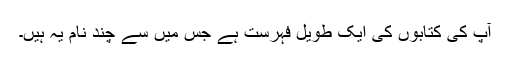
آپ کی کتابوں کی ایک طویل فہرست ہے جس میں سے چند نام یہ ہیں۔